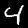
Digit: 4